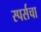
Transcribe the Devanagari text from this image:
स्पर्सचा